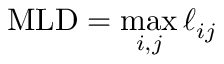
\mathrm { M L D } = \operatorname* { m a x } _ { i , j } \ell _ { i j }